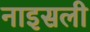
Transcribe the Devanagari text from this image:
नाइसली